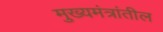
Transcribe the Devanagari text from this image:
मुख्यमंत्रांतील